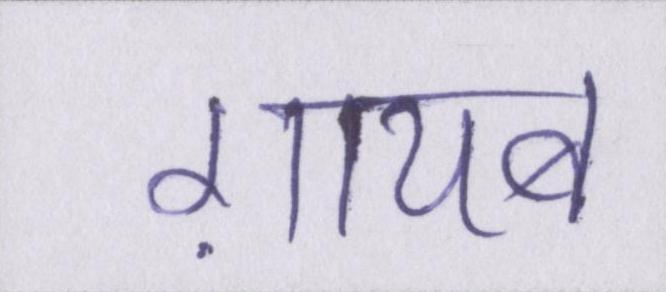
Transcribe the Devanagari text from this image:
ग़ायब